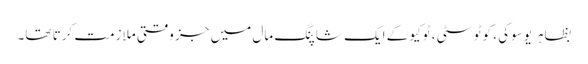
بظاہر یوسوکی ، کوٹو سٹی ، ٹوکیو کے ایک شاپنگ مال میں جز وقتی ملازمت کرتا تھا۔